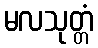
မလသုတ္တံ